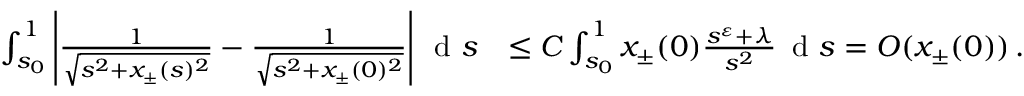
\begin{array} { r l } { \int _ { s _ { 0 } } ^ { 1 } \left\vert \frac { 1 } { \sqrt { s ^ { 2 } + x _ { \pm } ( s ) ^ { 2 } } } - \frac { 1 } { \sqrt { s ^ { 2 } + x _ { \pm } ( 0 ) ^ { 2 } } } \right\vert \, \textnormal { d } s } & { \leq C \int _ { s _ { 0 } } ^ { 1 } x _ { \pm } ( 0 ) \frac { s ^ { \varepsilon } + \lambda } { s ^ { 2 } } \, \textnormal { d } s = O ( x _ { \pm } ( 0 ) ) \, . } \end{array}